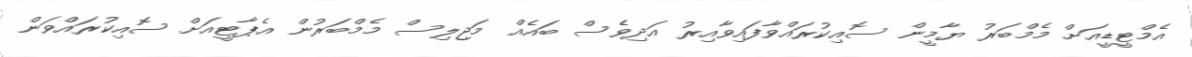
އެމްޓީޑީއަށް މެމްބަރު ޔާމީން ސޮއިކުރައްވާފައިވާއިރު އަދިވެސް ބައެއް މަޖިލިސް މެމްބަރުން އެޕާޓީއަށް ސޮއިކުރައްވަން